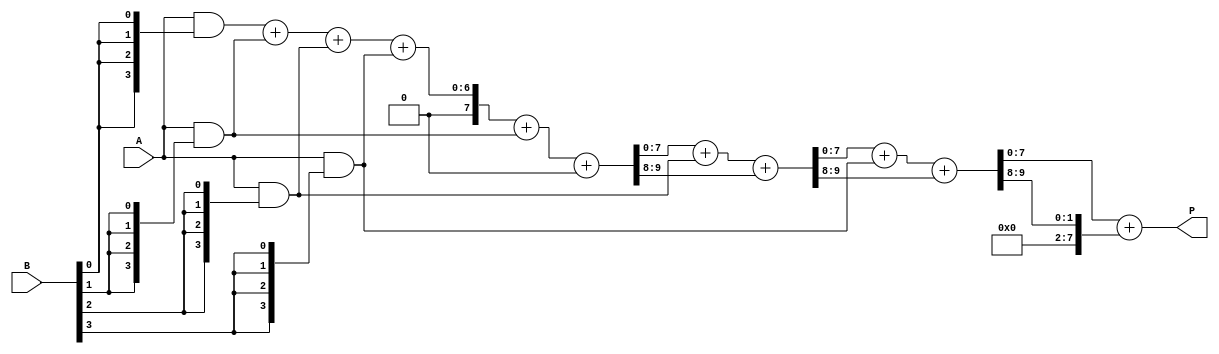
module WallaceTreeMultiplier #(parameter N = 4) (
    input [N-1:0] A,
    input [N-1:0] B,
    output reg [2*N-1:0] P
);

    wire [N-1:0] pp [N-1:0]; // Partial products
    wire [2*N-1:0] sum [N-1:0]; // Intermediate sums
    wire [2*N-1:0] carry [N-1:0]; // Carry outputs

    // Partial product generation
    genvar i, j;
    generate
        for (i = 0; i < N; i = i + 1) begin : pp_gen
            assign pp[i] = A & {N{B[i]}};
        end
    endgenerate

    // Wallance tree reduction
    generate
        for (i = 0; i < N; i = i + 1) begin : reduction
            if (i == 0) begin
                // First stage: just connect partial products
                assign sum[i] = {1'b0, pp[0]} + {1'b0, pp[1]} + {1'b0, pp[2]} + {1'b0, pp[3]};
                assign carry[i] = 0; // No carry in the first stage
            end else begin
                // Subsequent stages would typically use adders
                // This section may need to be expanded based on the number of partial products
                assign {carry[i], sum[i]} = sum[i-1] + pp[i] + carry[i-1];
            end
        end
    endgenerate

    // Final addition: Sum up all the sums leftover
    always @(*) begin
        // Combine the last stage results
        P = sum[N-1] + carry[N-1];
    end

endmodule